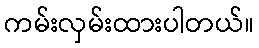
ကမ်းလှမ်းထားပါတယ်။